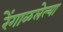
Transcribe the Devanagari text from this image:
रेंगाळलेल्या